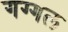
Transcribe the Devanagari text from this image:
गग्‍गल